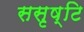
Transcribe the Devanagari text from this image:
ससृष्टि